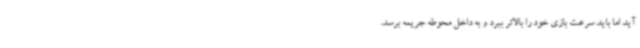
آید اما باید سرعت بازی خود را بالاتر ببرد و به داخل محوطه جریمه برسد.